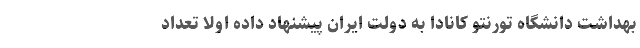
بهداشت دانشگاه تورنتو کانادا به دولت ایران پیشنهاد داده اولا تعداد